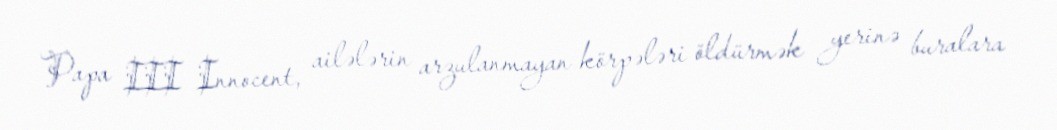
Papa III Innocent, ailələrin arzulanmayan körpələri öldürmək yerinə buralara